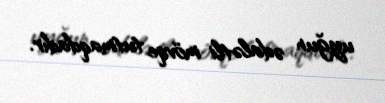
uyğun ədalətli mövqe tutmaqdadır.